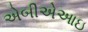
એબીએઆઇ